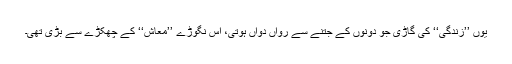
یوں ’’زندگی‘‘ کی گاڑی جو دونوں کے جُتنے سے رواں دواں ہوتی، اِس نگوڑے ’’معاش‘‘ کے چھکڑے سے بڑی تھی۔